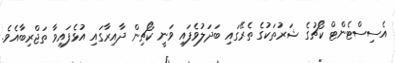
އެސިސްޓެންޓް ކޯޗުގެ ޝަރުތަކުގެ ތެރޭގައި ބަދަލުވެފައި ވަނީ ކޯޗިން ދާއިރާގައި އުޅެފައިވާ ތަޖްރިބާއެވެ.